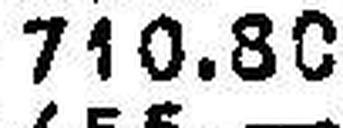
710.80